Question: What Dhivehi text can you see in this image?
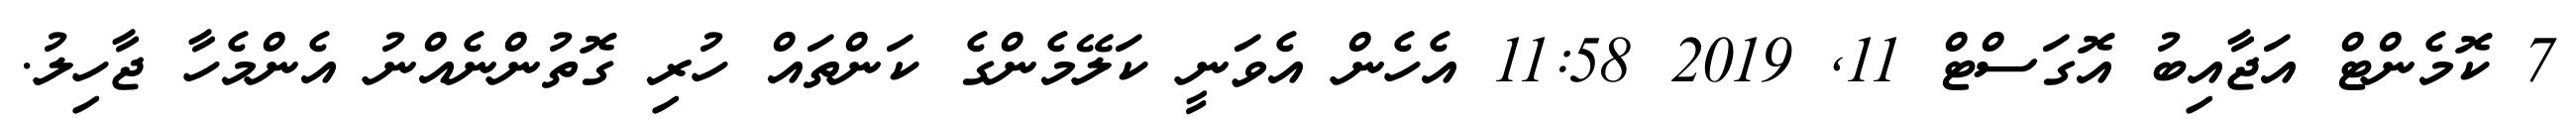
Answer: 7 ކޮމެންޓް އަޖާއިބު އޮގަސްޓް 11, 2019 11:58 އެހެން އެވަނީ ކަލޭމެންގެ ކަންތައް ހުރި ގޮތުންނެއްނު އެންމެހާ ޖާހިލު.